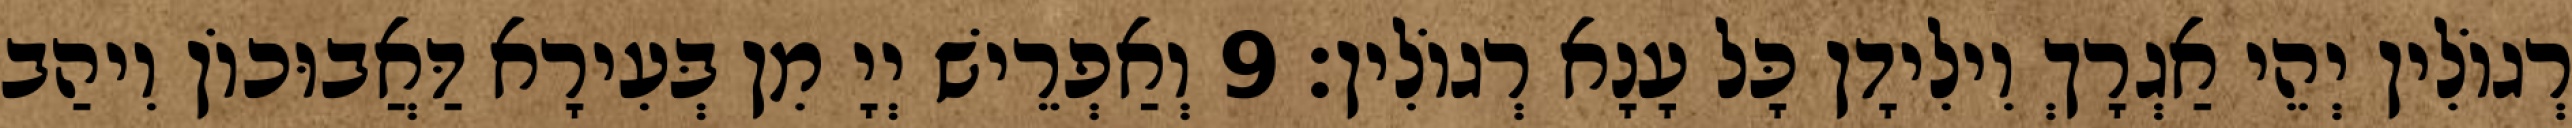
רְגוֹלִין יְהֵי אַגְרָךְ וִילִידָן כָּל עָנָא רְגוֹלִין׃ 9 וְאַפְרֵישׁ יְיָ מִן בְּעִירָא דַּאֲבוּכוֹן וִיהַב